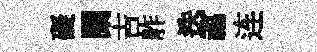
礙闌吉舴迭福连